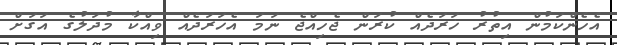
އެހެންކަމުން އިތުރު ޚަރަދެއް ކުރަން ޖެހިއްޖެ ނަމަ އެޚަރަދެއް ވިއްކާ މުދަލުގެ އަގަށް